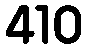
410